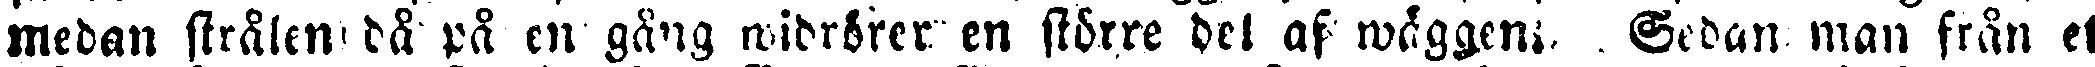
medan strålen då på en gång widrörer en större del af wäggen. Sedan man från et